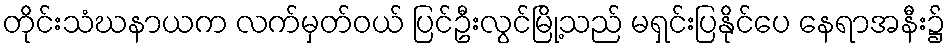
တိုင်းသံဃနာယက လက်မှတ်ဝယ် ပြင်ဦးလွင်မြို့သည် မရှင်းပြနိုင်ပေ နေရာအနီး၌